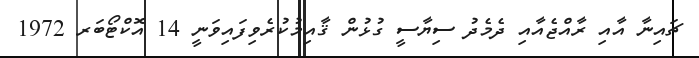
ޗައިނާ އާއި ރާއްޖެއާއި ދެމެދު ސިޔާސީ ގުޅުން ޤާއިމުކުރެވިފައިވަނީ 14 އޮކްޓޯބަރ 1972